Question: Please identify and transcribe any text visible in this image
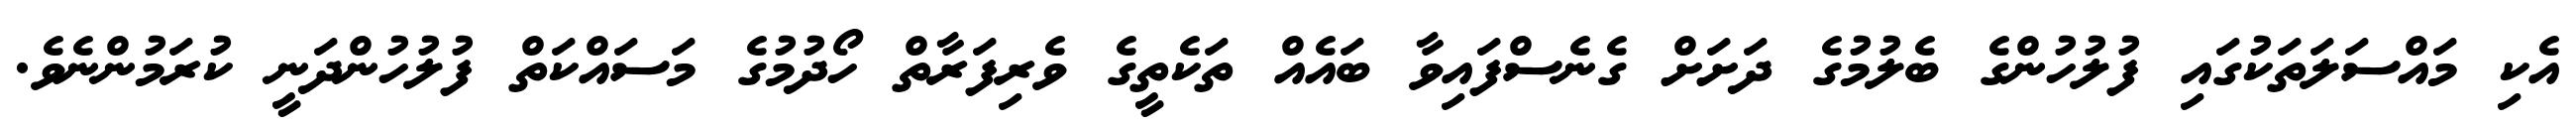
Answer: އެކި މައްސަލަތަކުގައި ފުލުހުންގެ ބެލުމުގެ ދަށަށް ގެނެސްފައިވާ ބައެއް ތަކެތީގެ ވެރިފަރާތް ހޯދުމުގެ މަސައްކަތް ފުލުހުންދަނީ ކުރަމުންނެވެ.